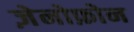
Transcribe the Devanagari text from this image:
ज़ेनोफ़ोन